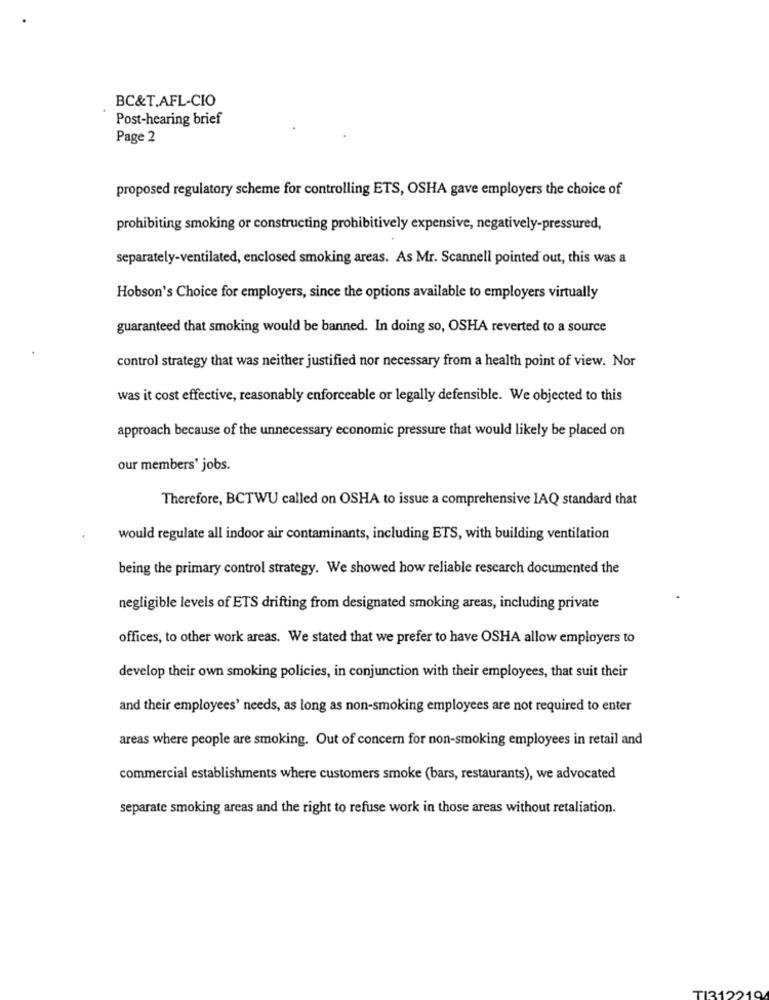
BC&T,AFL-CIO
Post-hearing brief
Page 2
proposed regulatory scheme for controlling ETS, OSHA gave employers the choice of
prohibiting smoking or constructing prohibitively expensive, negatively-pressured,
separately-ventilated, enclosed smoking areas. As Mr. Scannell pointed out, this was a
Hobson's Choice for employers, since the options available to employers virtually
guaranteed that smoking would be banned. In doing so, OSHA reverted to a source
control strategy that was neither justified nor necessary from a health point of view. Nor
was it cost effective, reasonably enforceable or legally defensible. We objected to this
approach because of the unnecessary economic pressure that would likely be placed on
our members' jobs.
Therefore, BCTWU called on OSHA to issue a comprehensive IAQ standard that
would regulate all indoor air contaminants, including ETS, with building ventilation
being the primary control strategy. We showed how reliable research documented the
negligible levels of ETS drifting from designated smoking areas, including private
offices, to other work areas. We stated that we prefer to have OSHA allow employers to
develop their own smoking policies, in conjunction with their employees, that suit their
and their employees' needs, as long as non-smoking employees are not required to enter
areas where people are smoking. Out of concern for non-smoking employees in retail and
commercial establishments where customers smoke (bars, restaurants), we advocated
separate smoking areas and the right to refuse work in those areas without retaliation.
TI312210